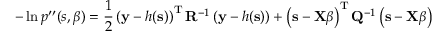
- \ln { p ^ { \prime \prime } ( s , \boldsymbol { \beta } ) } = \frac { 1 } { 2 } \left( \mathbf { y } - h ( \mathbf { s } ) \right) ^ { \mathrm { T } } \mathbf { R } ^ { - 1 } \left( \mathbf { y } - h ( \mathbf { s } ) \right) + \left( \mathbf { s } - \mathbf { X } \boldsymbol { \beta } \right) ^ { \mathrm { T } } \mathbf { Q } ^ { - 1 } \left( \mathbf { s } - \mathbf { X } \boldsymbol { \beta } \right)